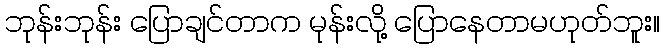
ဘုန်းဘုန်း ပြောချင်တာက မုန်းလို့ ပြောနေတာမဟုတ်ဘူး။